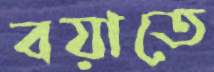
বয়াতে